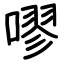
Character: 嘐